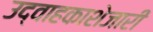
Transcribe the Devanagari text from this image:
उद्वाहकाशेजारी